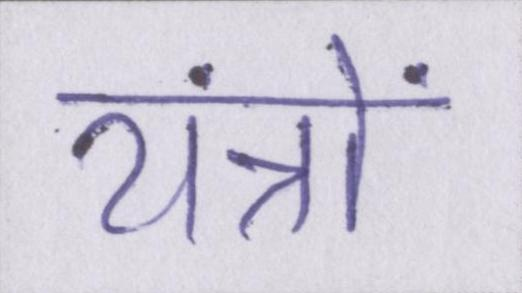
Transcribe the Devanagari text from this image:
यंत्रों